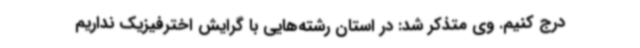
درج کنیم. وی متذکر شد: در استان رشته‌هایی با گرایش اخترفیزیک نداریم